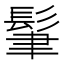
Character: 𩬶